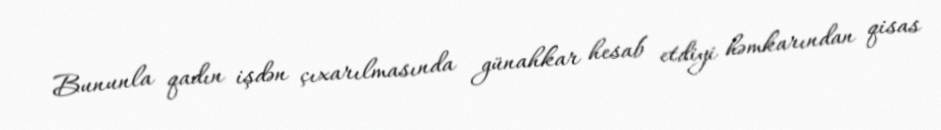
Bununla qadın işdən çıxarılmasında günahkar hesab etdiyi həmkarından qisas